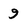
Character: 9